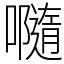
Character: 𡃴